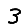
Digit: 3